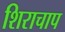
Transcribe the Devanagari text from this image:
शिराचाप